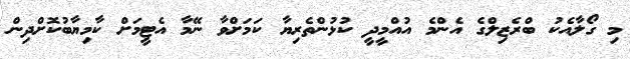
މި ގޯލާއެކު ބްރެޒިލްގެ އެންމެ އުއްމީދީ ކުޅުންތެރިޔާ ކަމަށްވާ ނޭމާ އެޓީމަށް ކާމިޔާބުކޮށްދިން